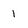
Character: 1